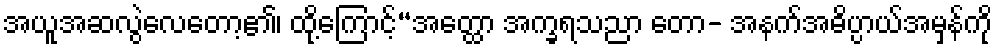
အယူအဆလွဲလေတော့၏၊ ထို့ကြောင့်“အတ္ထော အက္ခရသညာ တော- အနက်အဓိပ္ပာယ်အမှန်ကို